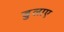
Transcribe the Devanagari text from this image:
डुलाए